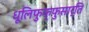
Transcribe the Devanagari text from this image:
धूलिफुफ्फुसार्ति